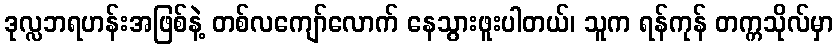
ဒုလ္လဘရဟန်းအဖြစ်နဲ့ တစ်လကျော်လောက် နေသွားဖူးပါတယ်၊ သူက ရန်ကုန် တက္ကသိုလ်မှာ